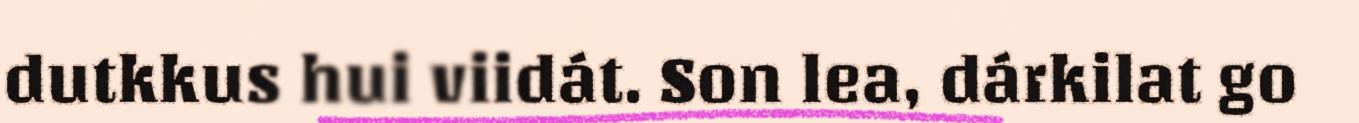
dutkkus hui viidát. Son lea, dárkilat go